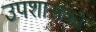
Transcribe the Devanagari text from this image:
उपशासकों